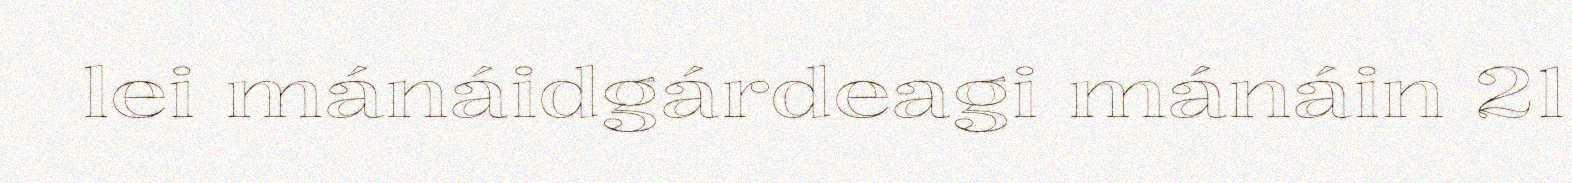
lei mánáidgárdeagi mánáin 21